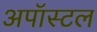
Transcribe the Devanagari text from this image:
अपॉस्टल